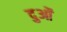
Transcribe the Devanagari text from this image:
दुओं